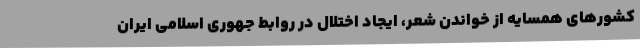
کشورهای همسایه از خواندن شعر، ایجاد اختلال در روابط جهوری اسلامی ایران